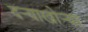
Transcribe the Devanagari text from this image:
दर्‍याखोर्‍या